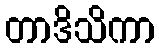
တာဒိသိကာ